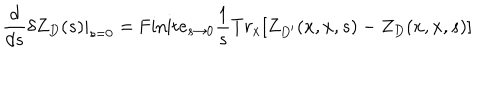
{ \frac { d } { d s } } \delta Z _ { D } ( s ) | _ { s = 0 } = \mathrm { F i n i t e } _ { s \to 0 } { \frac { 1 } { s } } T r _ { x } [ Z _ { D ^ { \prime } } ( x , x , s ) - Z _ { D } ( x , x , s ) ]